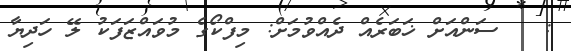
:   ސަންއަށް ޚަބަރެއް ދެއްވުމަށް: މިފްކޯގެ މުވައްޒަފަކު ލޭ ހަދިޔާ